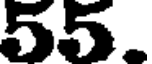
55.